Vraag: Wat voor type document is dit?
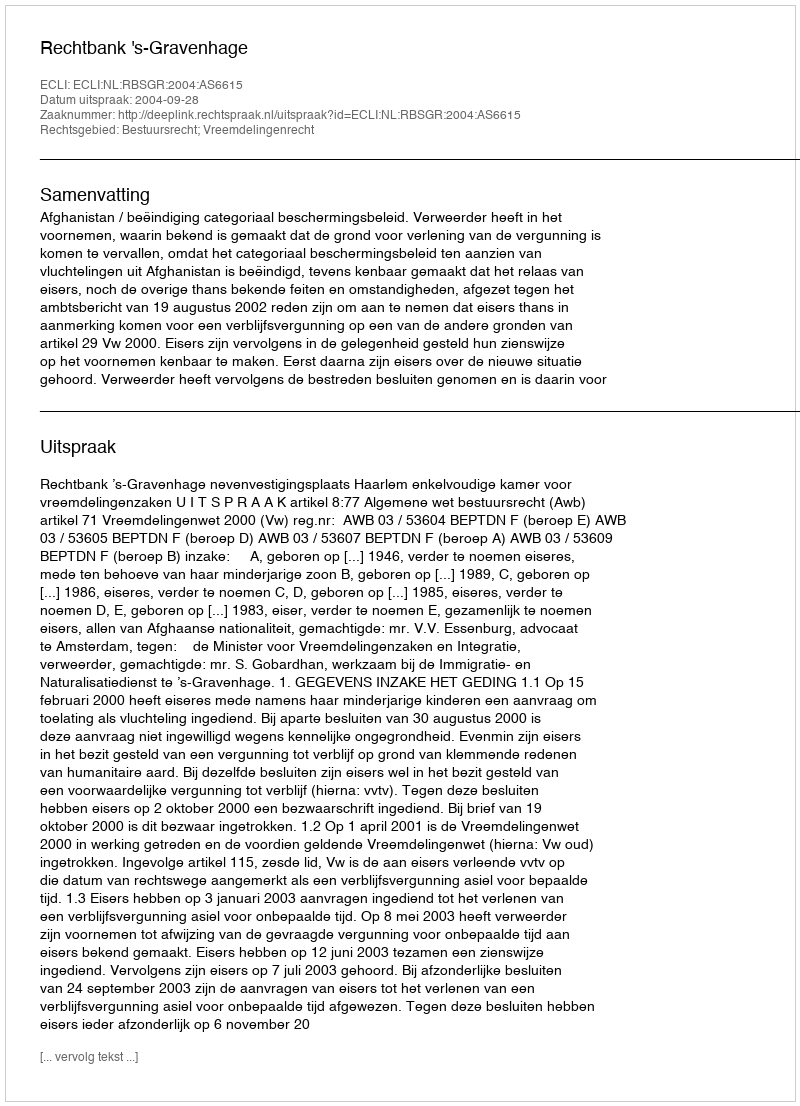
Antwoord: Uitspraak